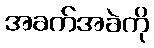
အခက်အခဲကို